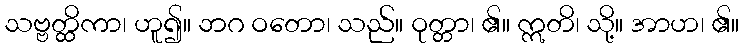
သဗ္ဗတ္ထိကာ၊ ဟူ၍။ ဘဂ ဝတော၊ သည်။ ဝုတ္တာ၊ ၏။ ဣတိ၊ သို့။ အာဟ၊ ၏။